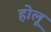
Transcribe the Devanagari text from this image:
होलू